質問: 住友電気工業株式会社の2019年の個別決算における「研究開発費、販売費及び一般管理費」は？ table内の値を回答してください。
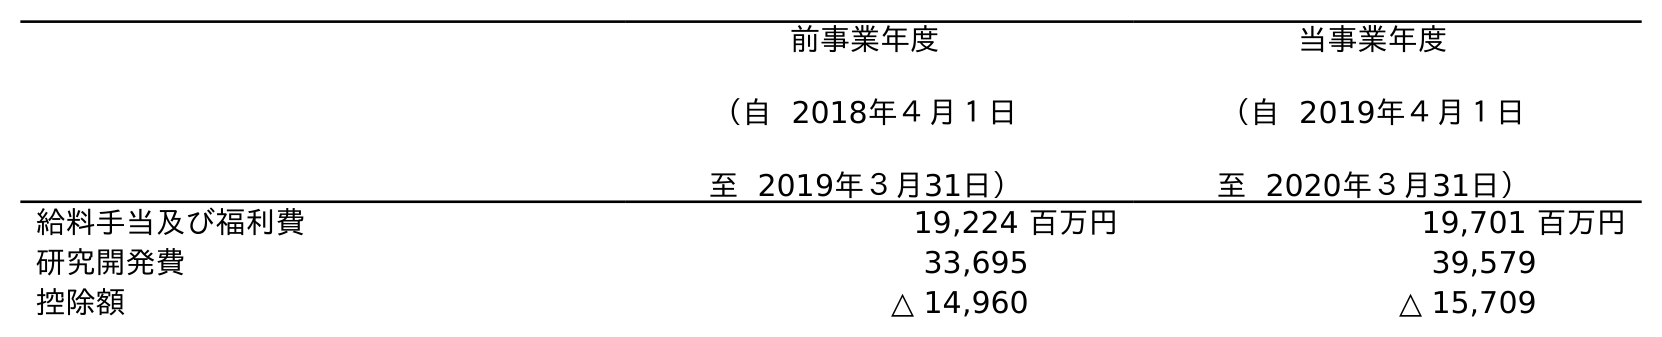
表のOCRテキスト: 前事業年度 （自 2018年４月１日 至 2019年３月31日） 当事業年度 （自 2019年４月１日 至 2020年３月31日） 給料手当及び福利費 19,224 百万円 19,701 百万円 研究開発費 33,695 39,579 控除額 △ 14,960 △ 15,709
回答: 33,695